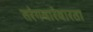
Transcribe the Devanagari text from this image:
तरंगवारंवारता